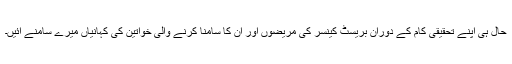
حال ہی اپنے تحقیقی کام کے دوران بریسٹ کینسر کی مریضوں اور ان کا سامنا کرنے والی خواتین کی کہانیاں میرے سامنے آئیں۔